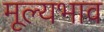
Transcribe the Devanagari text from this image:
मूल्यभाव